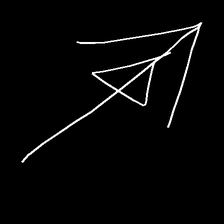
Glyph: pull